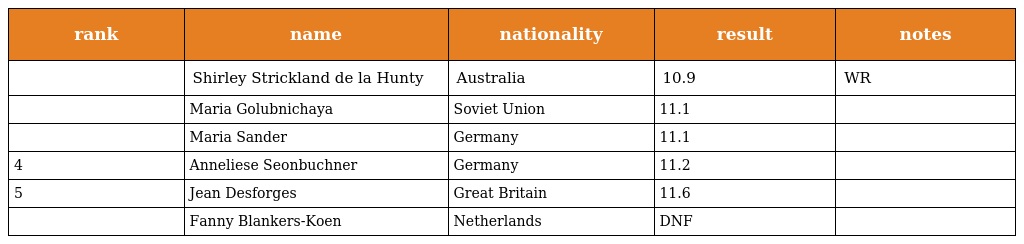
| rank | name | nationality | result | notes |
 | --- | --- | --- | --- | --- |
 |  | Shirley Strickland de la Hunty | Australia | 10.9 | WR |
 |  | Maria Golubnichaya | Soviet Union | 11.1 |  |
 |  | Maria Sander | Germany | 11.1 |  |
 | 4 | Anneliese Seonbuchner | Germany | 11.2 |  |
 | 5 | Jean Desforges | Great Britain | 11.6 |  |
 |  | Fanny Blankers-Koen | Netherlands | DNF |  |